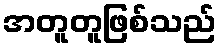
အတူတူဖြစ်သည်